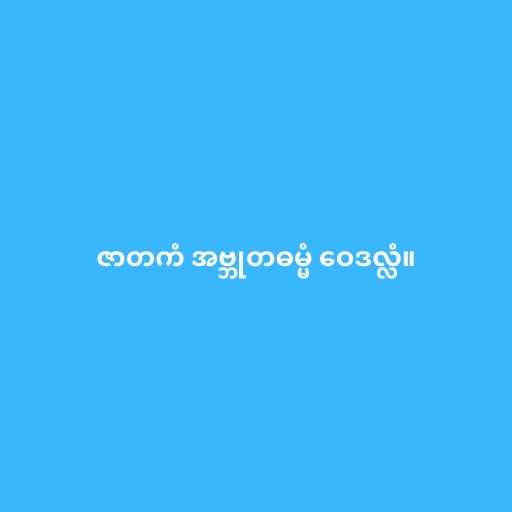
ဇာတကံ အဗ္ဘုတဓမ္မံ ဝေဒလ္လံ။